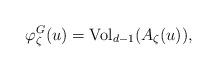
LaTeX: \begin{align*}\varphi^G_{\zeta}(u)={\rm Vol}_{d-1}(A_{\zeta}(u)),\end{align*}